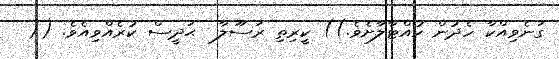
ގަނެވިއްކާ ހެދުން ހުއްޓާލާށެވެ.)) ކީރިތި ރަސޫލާ  ޙަދީސް ކުރެއްވިއެވެ. ((